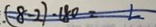
( 8 - 2 ) + 8 0 = 2